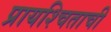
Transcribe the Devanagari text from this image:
प्रायश्चिताची